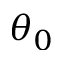
\theta _ { 0 }